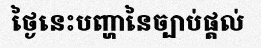
ថ្ងៃនេះបញ្ហានៃច្បាប់ផ្តល់